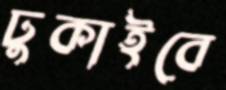
ঢুকাইবে